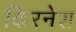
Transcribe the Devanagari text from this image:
किरनेश